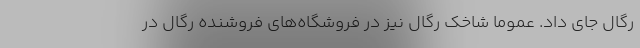
رگال جای داد. عموماً شاخک رگال نیز در فروشگاه‌های فروشنده رگال در